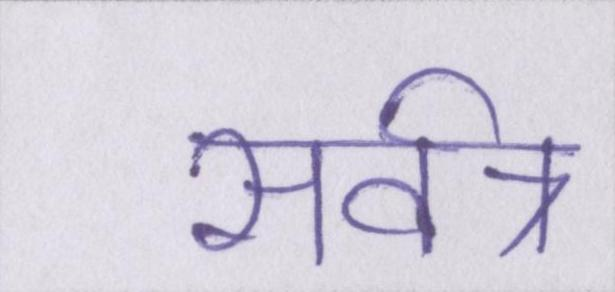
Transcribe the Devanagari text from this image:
सर्वत्र